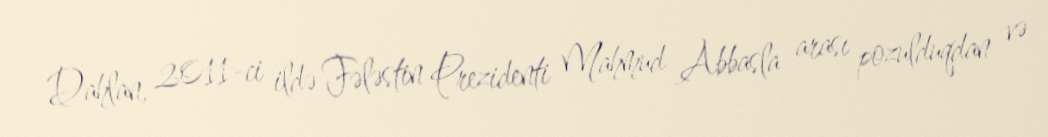
Dahlan, 2011-ci ildə Fələstin Prezidenti Mahmud Abbasla arası pozulduqdan və